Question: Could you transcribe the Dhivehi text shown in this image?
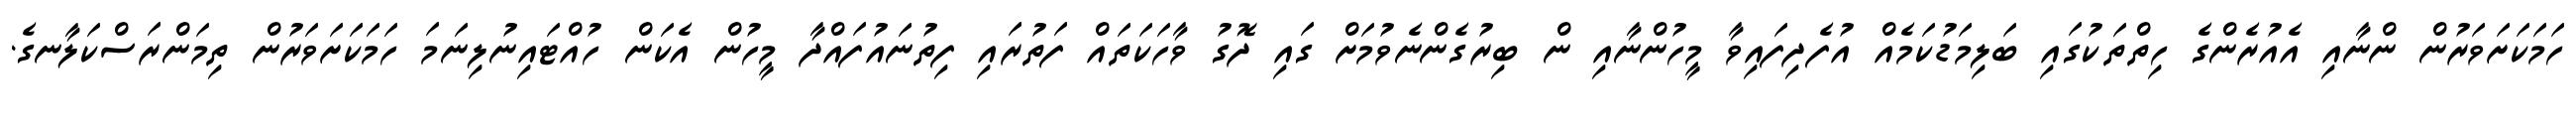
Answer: ހަމަކަށަވަރުން ންނާއި އެއުރެންގެ ހިތްތަކުގައި ބަލިމަޑުކަމެއް އުފެދިފައިވާ މީހުންނާއި ން ބިރުގެންނެވުމަށް ގައި ދޮގު ވާހަކަތައް ފަތުރައި ފިތުނައުފައްދާ މީހުން އެކަން ހުއްޓައިނުލިނަމަ ހަމަކަށަވަރުން ތިމަންރަސްކަލާނގެ.